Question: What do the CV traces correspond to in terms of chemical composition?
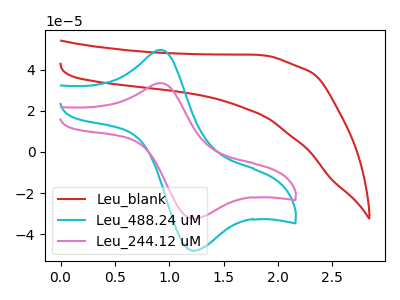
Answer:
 <answer>The red curve is labeled "Leu_blank". The cyan curve is labeled "Leu_488.24 uM". The pink curve is labeled "Leu_244.12 uM".</answer>
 <eval></eval>